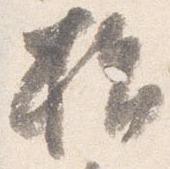
指